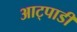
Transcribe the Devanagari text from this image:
आट्पाडी